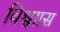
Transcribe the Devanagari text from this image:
विश्वाास